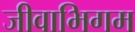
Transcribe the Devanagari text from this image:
जीवाभिगम